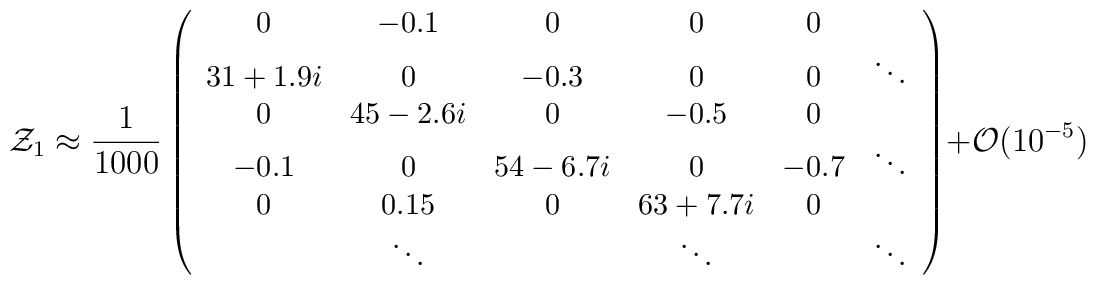
{\cal Z}_1 \approx {1\over 1000} \left({\small \begin{array}{cccccc}0 & -0.1 & 0 & 0 &  0      & \\31+1.9i & 0 & -0.3 & 0 & 0      & \ddots\\0 & 45-2.6i & 0 & -0.5 & 0      & \\-0.1 & 0 & 54-6.7i & 0 & -0.7      & \ddots\\0  & 0.15  & 0 & 63+7.7i & 0 & \\& \ddots & & \ddots & & \ddots\\\end{array}}\right) + {\cal O}(10^{-5})